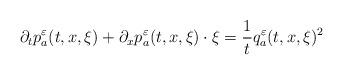
LaTeX: \begin{align*}\begin{aligned}\partial_tp_a^{\varepsilon}(t,x,\xi)+\partial_x p_a^{\varepsilon}(t,x,\xi)\cdot\xi=\frac{1}{t}q_a^{\varepsilon}(t,x,\xi)^2\end{aligned}\end{align*}